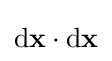
\mathrm {d} \mathbf {x} \cdot \mathrm {d} \mathbf {x}